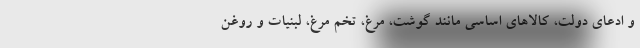
و ادعای دولت، کالاهای اساسی مانند گوشت، مرغ، تخم مرغ، لبنیات و روغن